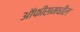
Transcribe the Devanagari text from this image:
ऑफीसमधील